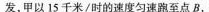
发，甲以15千米/时的速度匀速跑至点B，